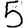
Digit: 5